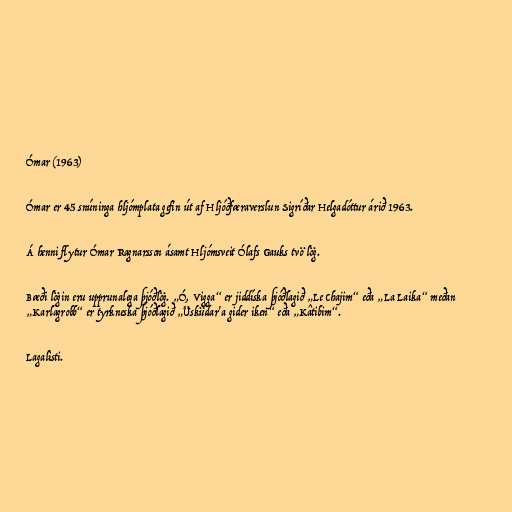
Ómar (1963)

Ómar er 45 snúninga hljómplata gefin út af Hljóðfæraverslun Sigríðar Helgadóttur árið 1963.

Á henni flytur Ómar Ragnarsson ásamt Hljómsveit Ólafs Gauks tvö lög.

Bæði lögin eru upprunalega þjóðlög. „Ó, Vigga“ er jiddíska þjóðlagið „Le Chajim“ eða „La Laika“ meðan
„Karlagrobb“ er tyrkneska þjóðlagið „Üsküdar'a gider iken“ eða „Kâtibim“.

Lagalisti.